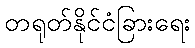
တရုတ်နိုင်ငံခြားရေး